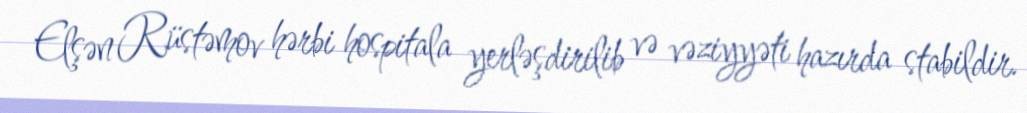
Elşən Rüstəmov hərbi hospitala yerləşdirilib və vəziyyəti hazırda stabildir.